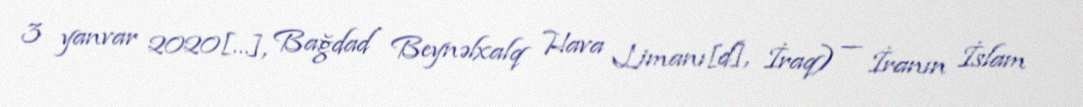
3 yanvar 2020[…], Bağdad Beynəlxalq Hava Limanı[d], İraq) — İranın İslam